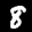
Label: 8